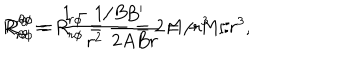
R _ { r \theta } ^ { r \theta } = R _ { r \phi } ^ { r \phi } = \frac { B ^ { \prime } } { 2 A B r } = - M / r ^ { 3 } , \hspace { 0 . 3 c m } R _ { \theta \phi } ^ { \theta \phi } = \frac { 1 - 1 / B } { r ^ { 2 } } = 2 M / r ^ { 3 }